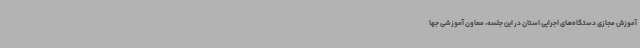
آموزش مجازی دستگاه‌های اجرایی استان در این جلسه، معاون آموزشی جها